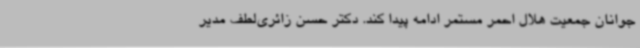
جوانان جمعیت هلال احمر مستمر ادامه پیدا کند. دکتر حسن زائری‌لطف مدیر